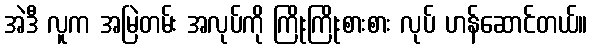
အဲဒီ လူက အမြဲတမ်း အလုပ်ကို ကြိုးကြိုးစားစား လုပ် ဟန်ဆောင်တယ်။